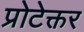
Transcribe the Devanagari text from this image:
प्रोटेक्तर